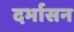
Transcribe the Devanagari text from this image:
दर्भासन